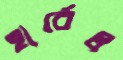
হার্বেল